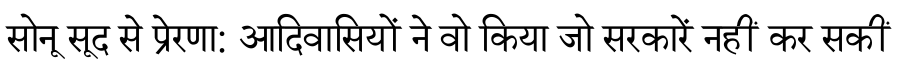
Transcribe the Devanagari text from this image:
सोनू सूद से प्रेरणा: आदिवासियों ने वो किया जो सरकारें नहीं कर सकीं